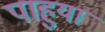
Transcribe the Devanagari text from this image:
पाहुया